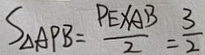
S _ { \Delta A P B } = \frac { P E \times A B } { 2 } = \frac { 3 } { 2 }